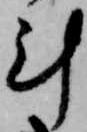
計